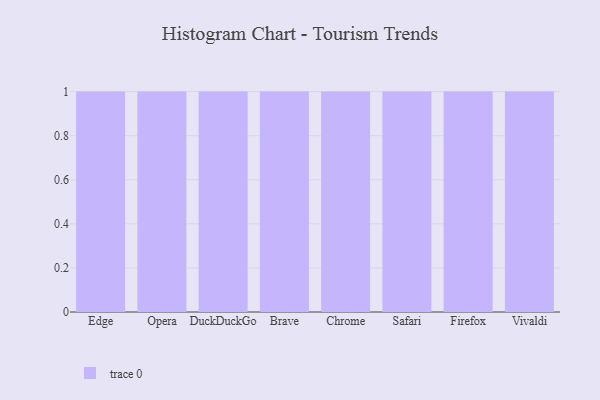
{"axis": {"x": "Browser", "y": "Website Visitors"}, "legend": [""], "data": [{"x": "Edge", "y": 77, "type": ""}, {"x": "Opera", "y": 45, "type": ""}, {"x": "DuckDuckGo", "y": 95, "type": ""}, {"x": "Brave", "y": 52, "type": ""}, {"x": "Chrome", "y": 38, "type": ""}, {"x": "Safari", "y": 93, "type": ""}, {"x": "Firefox", "y": 31, "type": ""}, {"x": "Vivaldi", "y": 13, "type": ""}]}